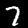
Digit: 7